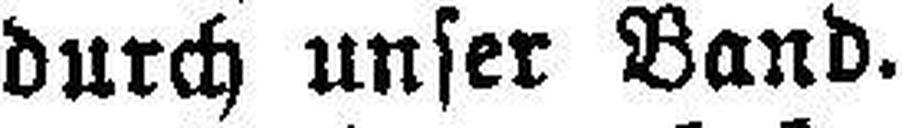
durch unser Band.